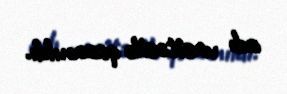
adı vasitəsilə qazanıldı.